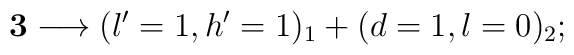
{\bf 3} \longrightarrow (l'=1,h'=1)_1+(d=1,l=0)_2;